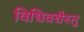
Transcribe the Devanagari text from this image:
विधिवद्यैस्तु